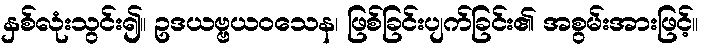
နှစ်လုံးသွင်း၍။ ဥဒယဗ္ဗယဝသေန၊ ဖြစ်ခြင်းပျက်ခြင်း၏ အစွမ်းအားဖြင့်။